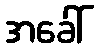
အခေါ်